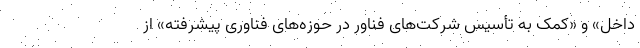
داخل» و «کمک به تأسیس شرکت‌های فناور در حوزه‌های فناوری پیشرفته» از